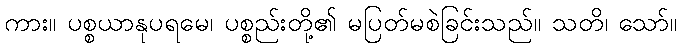
ကား။ ပစ္စယာနုပရမေ၊ ပစ္စည်းတို့၏ မပြတ်မစဲခြင်းသည်။ သတိ၊ သော်။